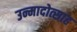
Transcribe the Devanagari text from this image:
उन्मादोत्साह